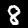
Digit: 8